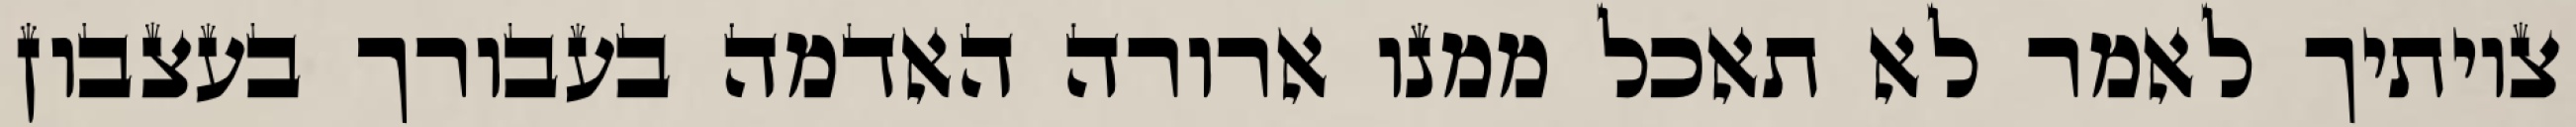
צויתיך לאמר לא תאכל ממנו ארורה האדמה בעבורך בעצבון